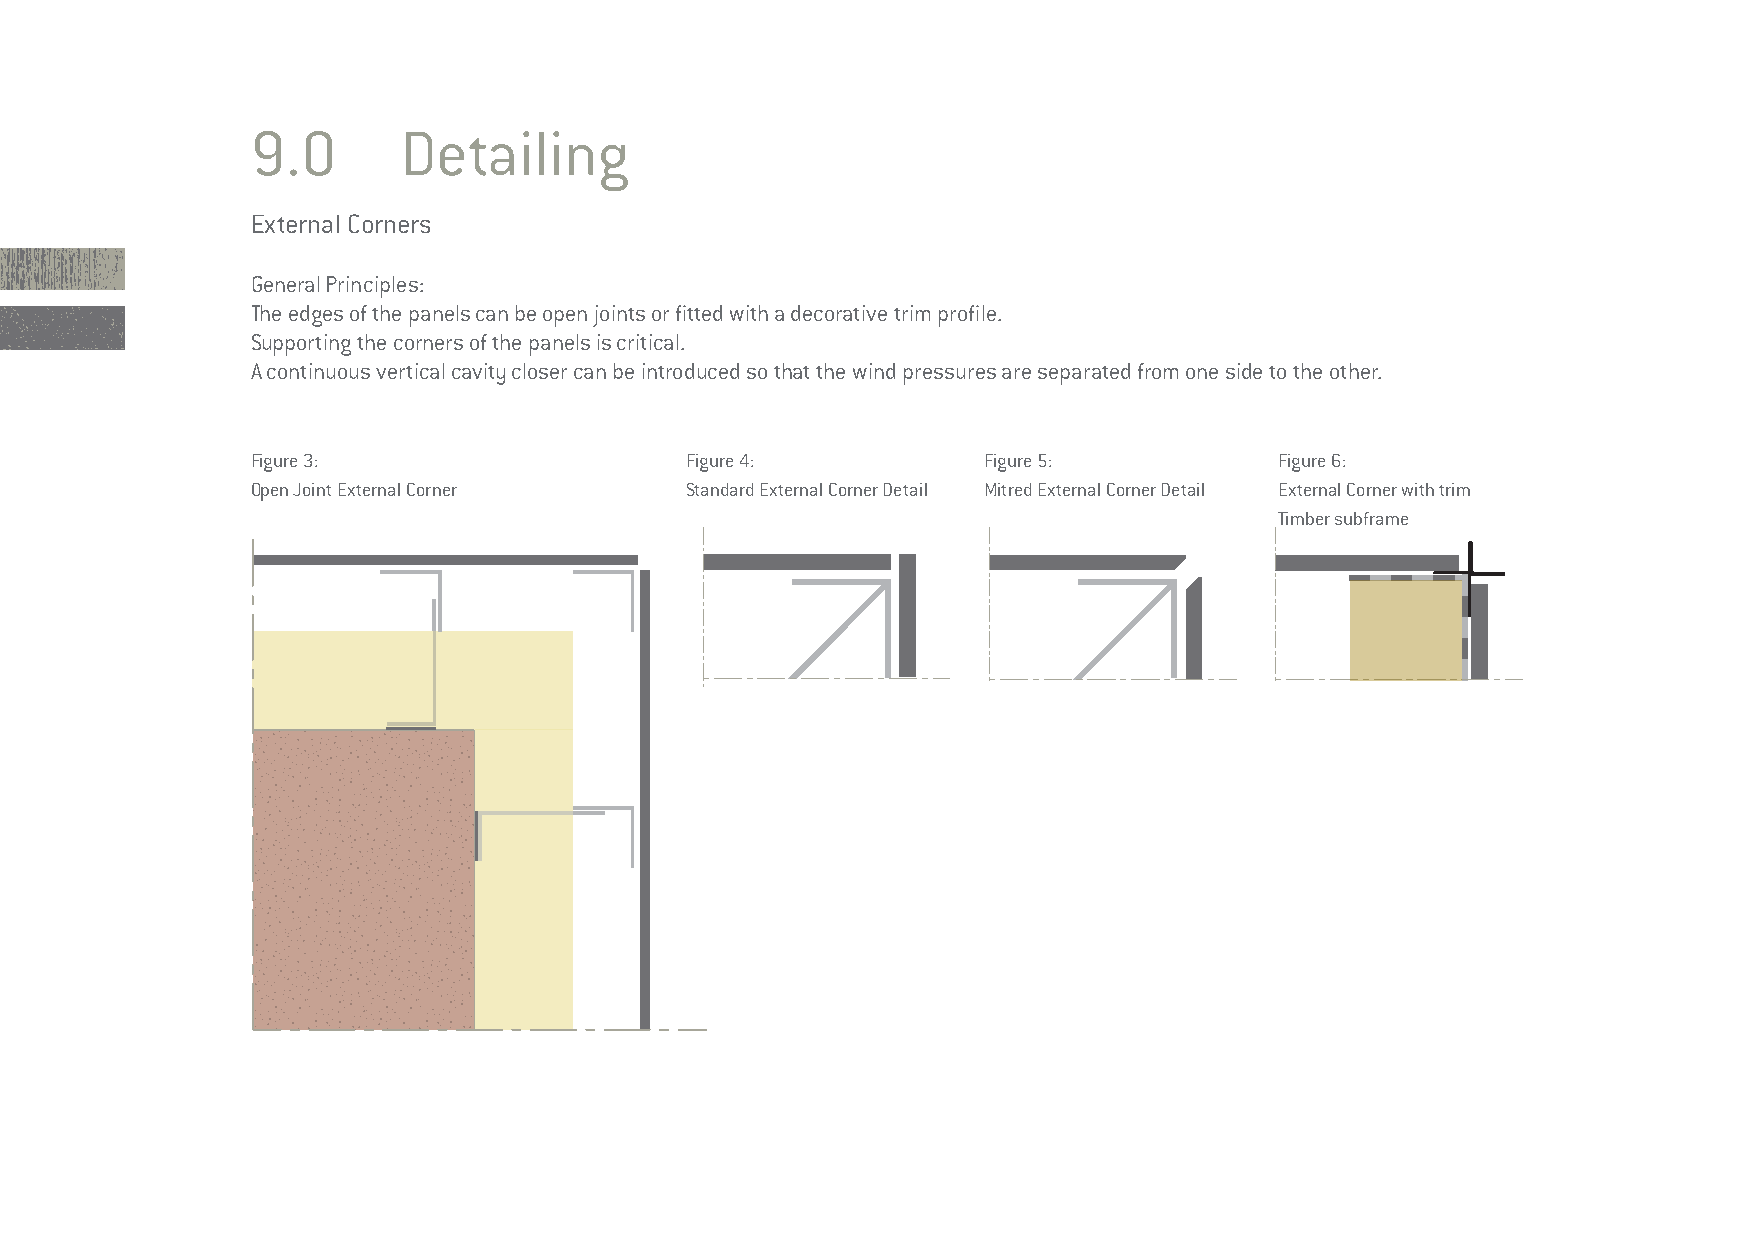
9.0      Detailing
 External Corners
 General Principles:
 The edges of the panels can be open joints or fitted with a decorative trim profile.
 Supporting the corners of the panels is critical.
 A continuous vertical cavity closer can be introduced so that the wind pressures are separated from one side to the other.
 Figure 3:                   Figure 4:           Figure 5:           Figure 6:
 Open Joint External Corner  Standard External Corner Detail Mitred External Corner Detail External Corner with trim
 Timber subframe